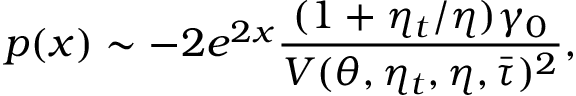
p ( x ) \sim - 2 e ^ { 2 x } \frac { ( 1 + \eta _ { t } / \eta ) \gamma _ { 0 } } { V ( \theta , \eta _ { t } , \eta , \Bar { \tau } ) ^ { 2 } } ,